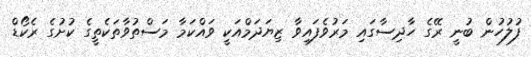
ފުލުހުން ބުނީ ރޭގެ ހާދިސާގައި މަރުވެފައިވާ ޒިޔަދަމްއަކީ ވައްކަމާ މަސްތުވާތަކެތީގެ ކުށުގެ ރެކޯޑް